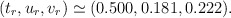
\begin{align*}(t_r,u_r,v_r)\simeq (0.500,0.181,0.222) .\end{align*}